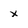
Character: x